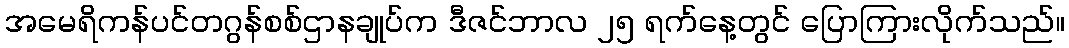
အမေရိကန်ပင်တဂွန်စစ်ဌာနချုပ်က ဒီဇင်ဘာလ ၂၅ ရက်နေ့တွင် ပြောကြားလိုက်သည်။